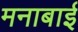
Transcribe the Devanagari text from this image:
मनाबाई